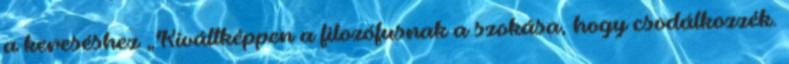
a kereséshez „Kiváltképpen a filozófusnak a szokása, hogy csodálkozzék.